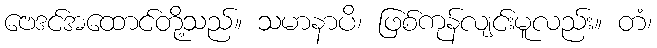
ဗေဒင်အထောင်တို့သည်။ သမာနာပိ၊ ဖြစ်ကုန်လျင်းမူလည်း။ တံ၊